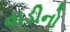
વાડીનો